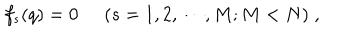
f _ { s } ( q ) = 0 \; \; ( s = 1 , 2 , \cdots , M ; M < N ) \; ,